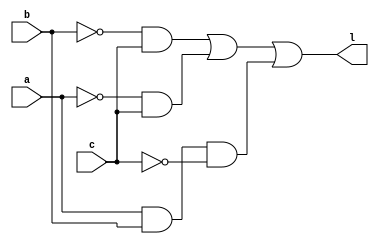
module validade_perfil1(
	input wire a,b,c,
	output wire l
);
wire b_and_c, a_and_c, a_and_b_and_c;
not not0(b1,b);
and and0(b_and_c,b1,c);
not not1(a1, a);
and and1(a_and_c, a1,c);
not not2(c1,c);
and and2(a_and_b_and_c, a,b,c1);
or or0(l,b_and_c, a_and_c, a_and_b_and_c);
endmodule 
//verifica se o perfil da interface 2  vlido